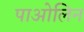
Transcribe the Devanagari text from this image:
पाओलिन